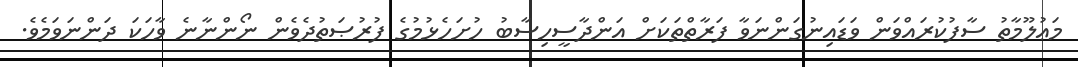
މަޢުލޫމާތު ސާފުކުރައްވަން ވަޑައިނުގަންނަވާ ފަރާތްތަކަށް އަންދާސީހިސާބު ހުށަހެޅުމުގެ ފުރުޞަތުދެވެން ނޯންނާނެ ވާހަކަ ދަންނަވަމެވެ.